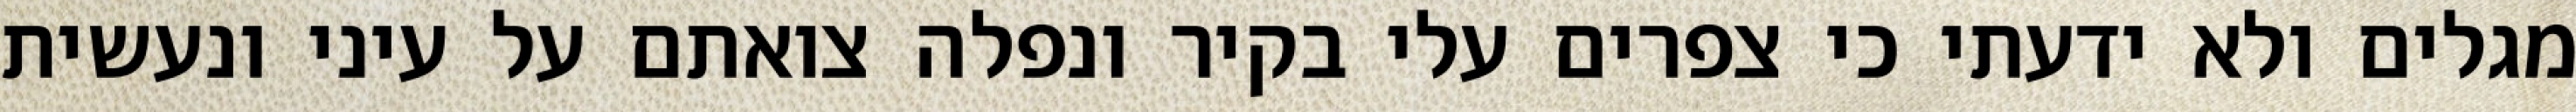
מגלים ולא ידעתי כי צפרים עלי בקיר‏ ונפלה צואתם על עיני ונעשית